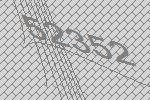
52352